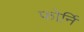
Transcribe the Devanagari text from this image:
फोर्नि